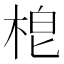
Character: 梎